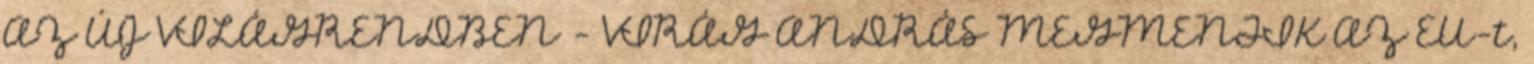
AZ ÚJ VILÁGRENDBEN - VIRÁG ANDRÁS MEGMENTIK AZ EU-t,